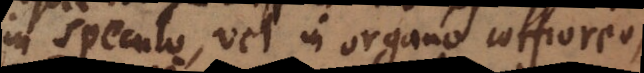
in speculo, vel in organo corporeo,